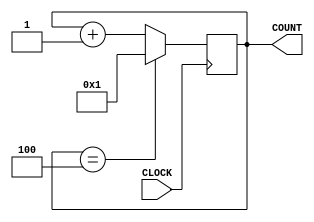
`timescale 1ns / 1ps
//////////////////////////////////////////////////////////////////////////////////
// Company: 
// Engineer: 
// 
// Design Name: 
// Module Name: seven_segment_counter
// Project Name: 
// Target Devices: 
// Tool Versions: 
// Description: 
// 
// Dependencies: 
// 
// Revision:
// Revision 0.01 - File Created
// Additional Comments:
// 
//////////////////////////////////////////////////////////////////////////////////


module seven_segment_counter(
    input CLOCK,
    output reg [7:0] COUNT = 0
    );
    
    
    always @ (posedge CLOCK)
    begin
        COUNT <= (COUNT == 8'b00000100) ? 8'b00000001 : COUNT + 1;
    end
endmodule